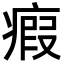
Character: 瘕